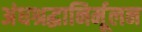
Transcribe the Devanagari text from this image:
अंधश्रद्धानिर्मूलन